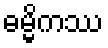
ဓမ္မိကဿ